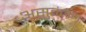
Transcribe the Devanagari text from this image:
असुतंलन